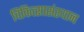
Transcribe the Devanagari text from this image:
चिकित्सासंस्थान